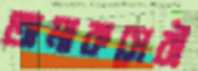
তামাকসেবী